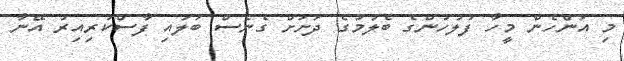
މި އަންހެން މީހާ ފުލުހުންގެ ބެލުމުގެ ދަށަށް ގެނެސް ބަލައި ފާސްކުރިއިރު އޭނާ